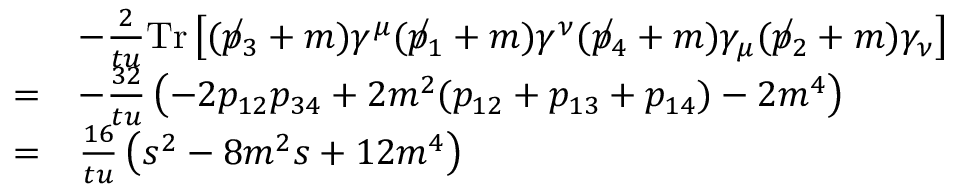
{ \begin{array} { r l } & { - { \frac { 2 } { t u } } \mathrm { T r } \left[ ( \not p _ { 3 } + m ) \gamma ^ { \mu } ( \not p _ { 1 } + m ) \gamma ^ { \nu } ( \not p _ { 4 } + m ) \gamma _ { \mu } ( \not p _ { 2 } + m ) \gamma _ { \nu } \right] } \\ { = } & { - { \frac { 3 2 } { t u } } \left( - 2 p _ { 1 2 } p _ { 3 4 } + 2 m ^ { 2 } ( p _ { 1 2 } + p _ { 1 3 } + p _ { 1 4 } ) - 2 m ^ { 4 } \right) } \\ { = } & { { \frac { 1 6 } { t u } } \left( s ^ { 2 } - 8 m ^ { 2 } s + 1 2 m ^ { 4 } \right) } \end{array} }